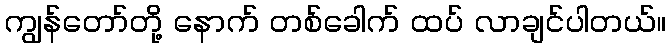
ကျွန်တော်တို့ နောက် တစ်ခေါက် ထပ် လာချင်ပါတယ်။